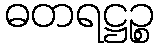
ဓတရဋ္ဌဉ္စ